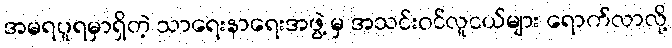
အမရပူရမှာရှိတဲ့ သာရေးနာရေးအဖွဲ့ မှ အသင်းဝင်လူငယ်များ ရောက်လာလို့